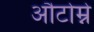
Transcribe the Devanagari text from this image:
औटोम्ने